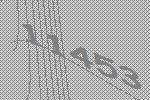
11453